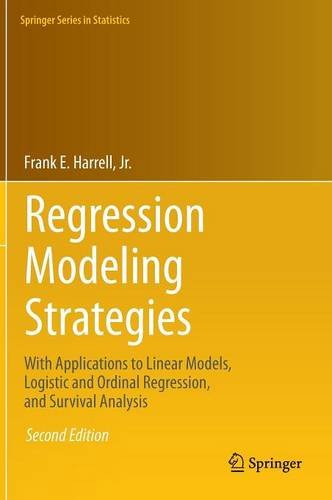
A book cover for Regression Modeling Strategies: With Applications to Linear Models, Logistic and Ordinal Regression, and Survival Analysis (Springer Series in Statistics); Frank Harrell; Computers & Technology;